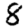
Digit: 8